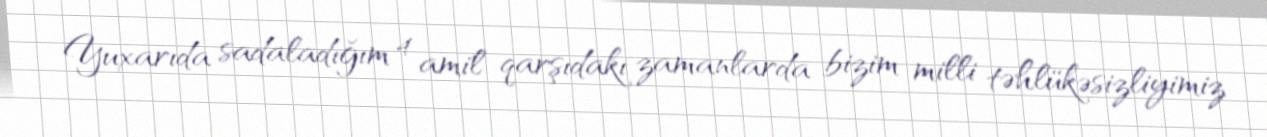
Yuxarıda sadaladığım 4 amil qarşıdakı zamanlarda bizim milli təhlükəsizliyimiz